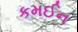
કમઈન